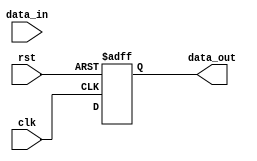
module io_voltage_level_shifter (
    input clk,
    input rst,
    input [7:0] data_in,
    output reg [7:0] data_out
);

reg [7:0] shift_logic_out;
reg [7:0] io_in_reg;
reg [7:0] io_out_reg;

always @(posedge clk or posedge rst) begin
    if (rst) begin
        io_in_reg <= 8'b0;
        io_out_reg <= 8'b0;
    end else begin
        io_in_reg <= data_in;
        io_out_reg <= shift_logic_out;
    end
end

always @(*) begin
    // Your voltage level shifting logic here
    // Example: shift_logic_out <= io_in_reg + 1;
end

assign data_out = io_out_reg;

endmodule